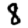
Digit: 8